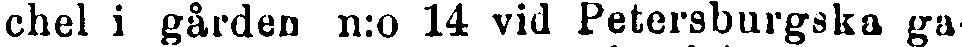
chel i gården n:o 14 vid Petersburgska ga-